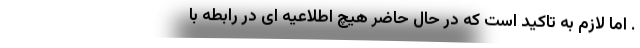
. اما لازم به تاکید است که در حال حاضر هیچ اطلاعیه ای در رابطه با